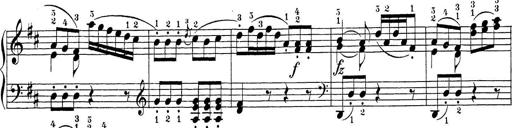
Title: Sonatina Album
Composer: Louis KÃ¶hler